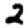
Digit: 2